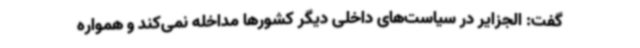
گفت: الجزایر در سیاست‌های داخلی دیگر کشورها مداخله نمی‌کند و همواره